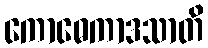
ကောဓေကာဒသာတိ